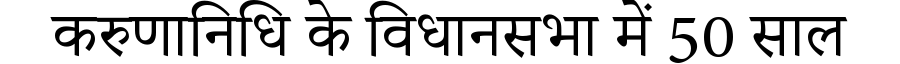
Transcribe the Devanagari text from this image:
करुणानिधि के विधानसभा में 50 साल